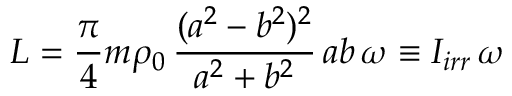
{ \cal L } = \frac { \pi } { 4 } m \rho _ { 0 } \, \frac { ( a ^ { 2 } - b ^ { 2 } ) ^ { 2 } } { a ^ { 2 } + b ^ { 2 } } \, a b \, \omega \equiv I _ { i r r } \, \omega